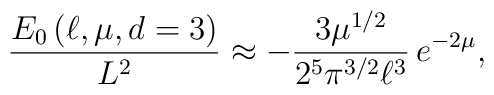
\frac{E_{0}\left( \ell ,\mu ,d=3\right) }{L^{2}}\approx -\frac{3\mu ^{1/2}}{2^{5}\pi ^{3/2}\ell ^{3}}\, e^{-2\mu },